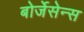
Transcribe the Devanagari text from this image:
बोर्जेसेन्स